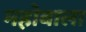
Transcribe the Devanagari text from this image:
महोबाला